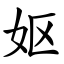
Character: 妪